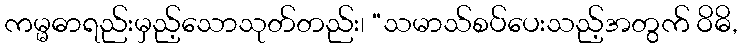
ကမ္မဓာရည်းမှည့်သောသုတ်တည်း၊ “သမာသ်စပ်ပေးသည့်အတွက် ဝိဓိ,